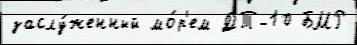
заслу́женный мо́р'ем ДТ-10 БМР